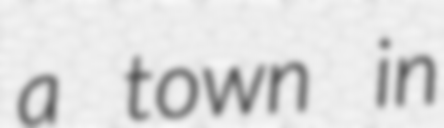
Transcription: a town in